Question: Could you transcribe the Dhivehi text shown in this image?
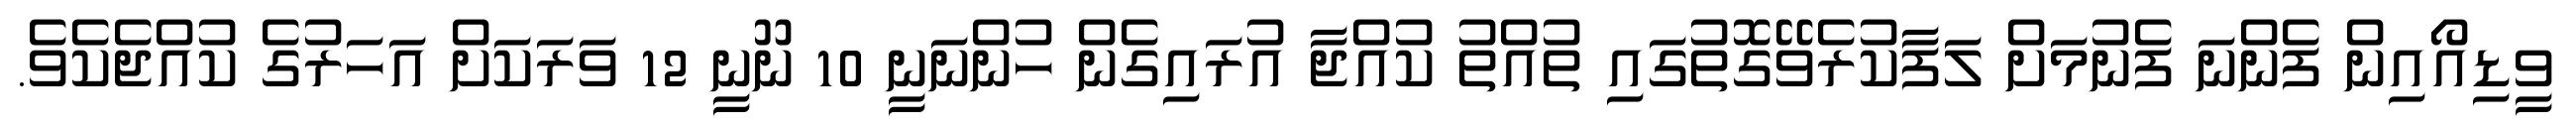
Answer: ވީޑިއޯއިން ފެންނަ ފެނުމަށް ލަފާކުރެވޭގޮތުގައި ތުއްތު ކުއްޖާ އުރައިގެން ހުންނަނީ 10 ނޫނީ 12 ވަރަކަށް އަހަރުގެ ކުއްޖެކެވެ.